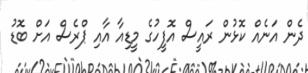
ދެން އަނެއް ކޮޅުން ރައީސް އޮފީހުގެ މީޑިއާ އާއި ޕްރެސް އަށް ބޮޑު